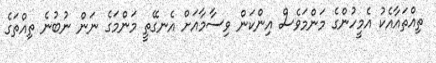
ތިއްތައާއެކު އެމީހުންގެ މަންމަވެސް އިންކަން ވިސާމާއަށް އެނގޭތީ މަންމަގެ ނަން ނުބުނެ ތިއްތަގެ